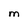
Character: M